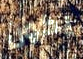
يكون